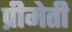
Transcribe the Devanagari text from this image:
प्रीमेती